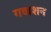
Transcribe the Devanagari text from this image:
गवाशन